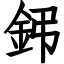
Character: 鈟